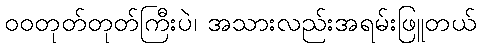
ဝဝတုတ်တုတ်ကြီးပဲ၊ အသားလည်းအရမ်းဖြူတယ်